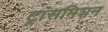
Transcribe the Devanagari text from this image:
ट्रांसमिशन